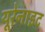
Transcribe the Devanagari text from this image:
यूरेनाइट